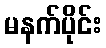
မနက်ပိုင်း